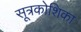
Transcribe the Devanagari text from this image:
सूत्रकोशिका